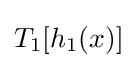
T_{1}[h_{1}(x)]